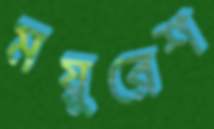
ময়ুরেশ